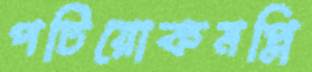
পটিয়োকমপ্লি